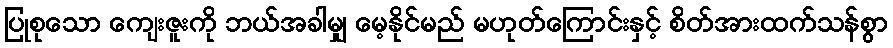
ပြုစုသော ကျေးဇူးကို ဘယ်အခါမျှ မေ့နိုင်မည် မဟုတ်ကြောင်းနှင့် စိတ်အားထက်သန်စွာ